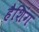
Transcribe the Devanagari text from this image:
हैशिंग